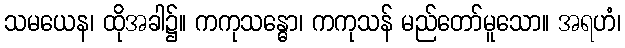
သမယေန၊ ထိုအခါ၌။ ကကုသန္ဓော၊ ကကုသန် မည်တော်မူသော။ အရဟံ၊